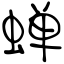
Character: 蝉